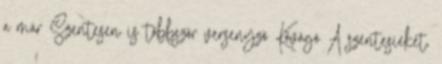
a már Szentesen is többször versenyző Kővágó A szentesieket,